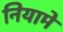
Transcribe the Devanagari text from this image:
नियामें